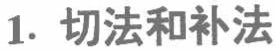
1. 切法和补法